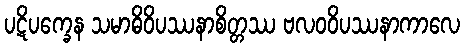
ပဋိပက္ခေန သမာဓိဝိပဿနာစိတ္တဿ ဗလဝဝိပဿနာကာလေ